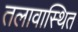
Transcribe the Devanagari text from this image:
तलावास्थित